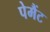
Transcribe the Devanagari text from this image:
पेमैंट